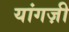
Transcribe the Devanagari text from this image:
यांगज़ी